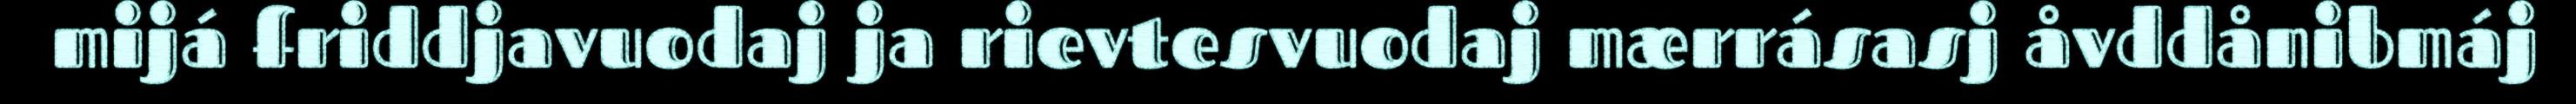
mijá friddjavuodaj ja rievtesvuodaj mærrásasj åvddånibmáj